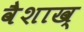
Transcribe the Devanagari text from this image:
वैशाख्